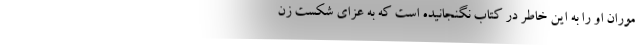
موران او را به این خاطر در کتاب نگنجانیده است که به عزای شکستِ زن